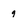
Character: 9